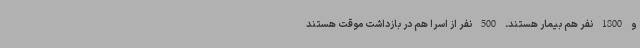
و 1800 نفر هم بیمار هستند. 500 نفر از اسرا هم در بازداشت موقت هستند